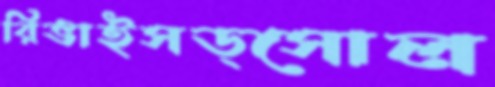
রিভাইসড্সোল